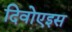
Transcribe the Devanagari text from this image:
दिवोएइस